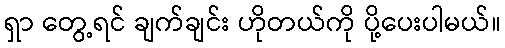
ရှာ တွေ့ရင် ချက်ချင်း ဟိုတယ်ကို ပို့ပေးပါမယ်။